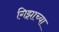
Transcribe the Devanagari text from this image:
गिझाच्या